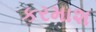
કરમાશ